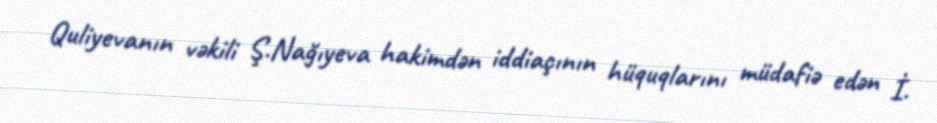
Quliyevanın vəkili Ş.Nağıyeva hakimdən iddiaçının hüquqlarını müdafiə edən İ.